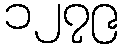
၁၂၇၉